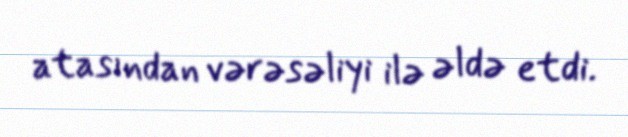
atasından vərəsəliyi ilə əldə etdi.